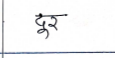
मजकूर: दूर